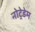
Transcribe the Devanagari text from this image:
नोट्रेडेम